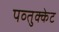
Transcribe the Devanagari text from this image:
पव्तुक्केट